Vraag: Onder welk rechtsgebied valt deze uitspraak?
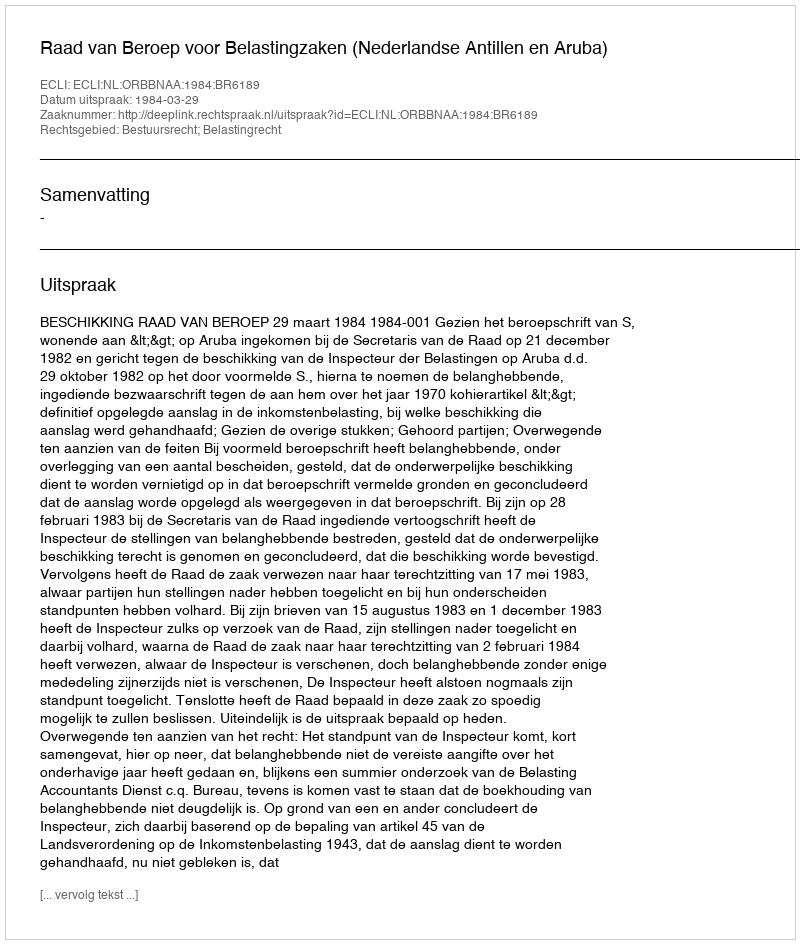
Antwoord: Bestuursrecht; Belastingrecht